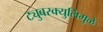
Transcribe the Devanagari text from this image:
ट्युबरक्युलिमुळे